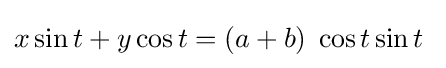
x\sin t+y\cos t=(a+b)\;\cos t\sin t\